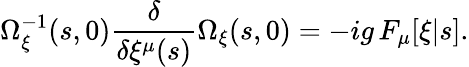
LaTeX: \Omega_{\xi}^{-1}(s,0){\frac{\delta}{\delta\xi^{\mu}(s)}}\Omega_{\xi}(s,0)=-ig\, F_{\mu}[\xi|s].